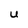
Character: U